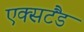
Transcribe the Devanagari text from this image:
एक्सटैंड